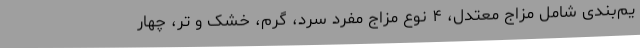
یم‌بندی شامل مزاج معتدل، ۴ نوع مزاج مفرد سرد، گرم، خشک و تر، چهار